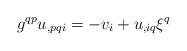
LaTeX: \begin{align*}g^{qp}u_{,pqi}=-v_i+u_{,iq}\xi^q\end{align*}